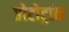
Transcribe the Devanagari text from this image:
प्रोटोट्रॉक